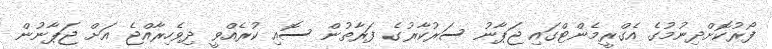
ފޯރުކޮށްދިނުމުގެ އެގްރީމެންޓްގައި ޖަޕާނު ސަރުކާރުގެ ފަރާތުން ސޮއި ކުރެއްވީ ދިވެހިރާއްޖެ އަށް ޖަޕާނުން